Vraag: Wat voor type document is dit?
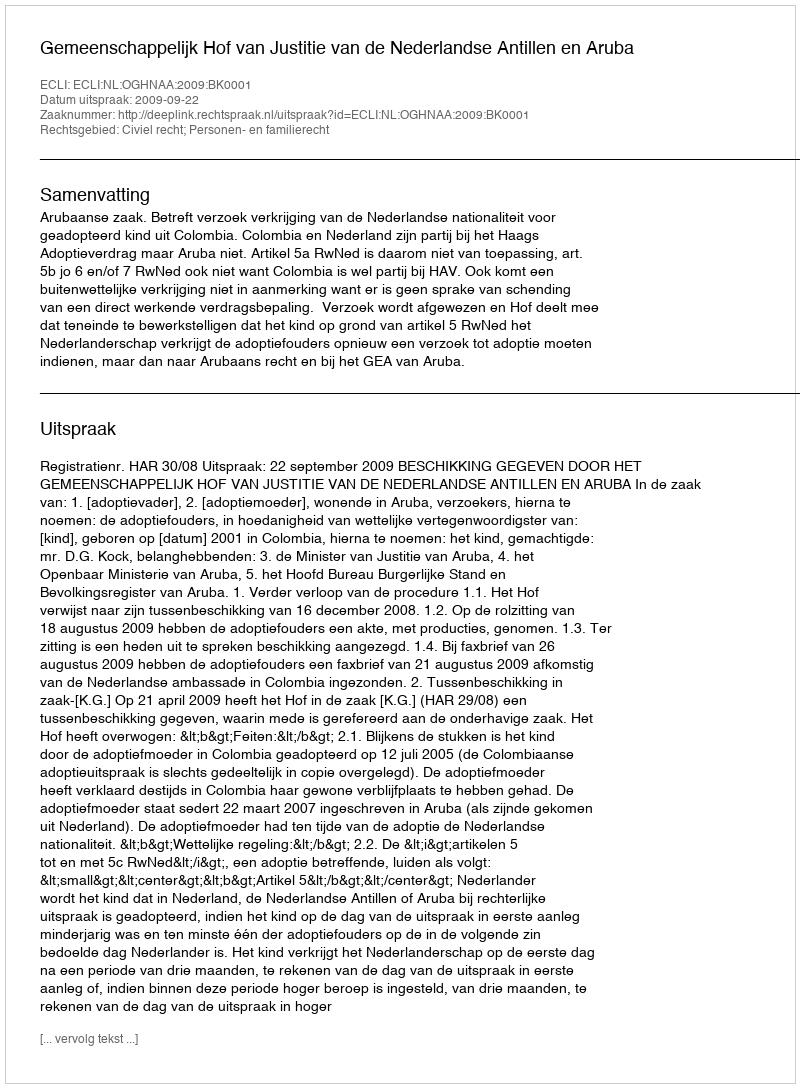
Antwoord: Uitspraak